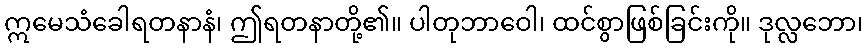
ဣမေသံခေါရတနာနံ၊ ဤရတနာတို့၏။ ပါတုဘာဝေါ၊ ထင်စွာဖြစ်ခြင်းကို။ ဒုလ္လဘော၊